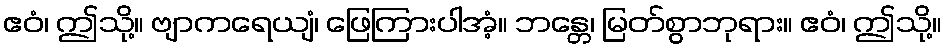
ဧဝံ၊ ဤသို့။ ဗျာကရေယျံ၊ ဖြေကြားပါအံ့။ ဘန္တေ၊ မြတ်စွာဘုရား။ ဧဝံ၊ ဤသို့။